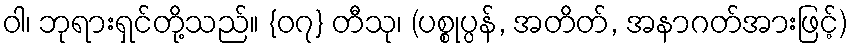
ဝါ၊ ဘုရားရှင်တို့သည်။ {၀၇} တီသု၊ (ပစ္စုပ္ပန်, အတိတ်, အနာဂတ်အားဖြင့်)